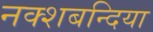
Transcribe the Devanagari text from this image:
नक्शबन्दिया